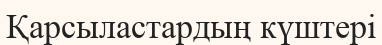
Қарсыластардың күштері